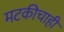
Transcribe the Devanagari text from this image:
मटकीचाही